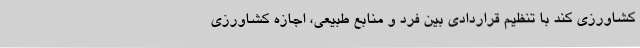
کشاورزی کند با تنظیم قراردادی بین فرد و منابع طبیعی، اجازه‌ کشاورزی